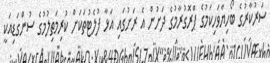
ސަރުކާރުގެ ބޯހިޔާވަހިކަމުގެ ޕްރޮގުރާމުގެ ދަށުން އެ ރަށުގައި އަޅާ ފުލެޓުތަކަށް ކުރިމަތިލުމުގެ ސުންގަޑިއަކީ